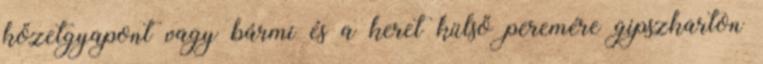
kőzetgyapont vagy bármi és a keret külső peremére gipszkarton